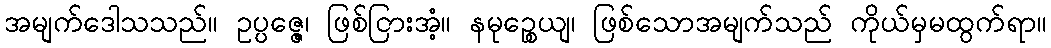
အမျက်ဒေါသသည်။ ဥပ္ပဇ္ဇေ၊ ဖြစ်ငြားအံ့။ နမုဉ္စေယျ၊ ဖြစ်သောအမျက်သည် ကိုယ်မှမထွက်ရာ။